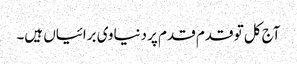
آج کل تو قدم قدم پر دنیاوی برائیاں ہیں۔